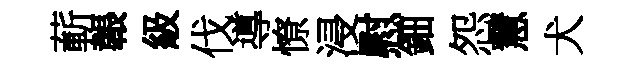
蔪韔級伐導憭浸慰鈿怨慧犬